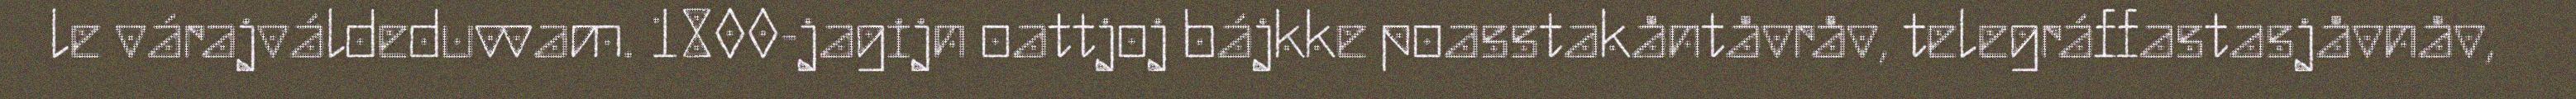
le várajváldeduvvam. 1800-jagijn oattjoj bájkke poasstakåntåvråv, telegráffastasjåvnåv,